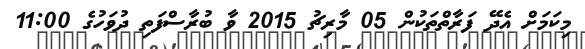
މިކަމަށް އެދޭ ފަރާތްތަކުން 05 މާރިޗު 2015 ވާ ބުރާސްފަތި ދުވަހުގެ 11:00